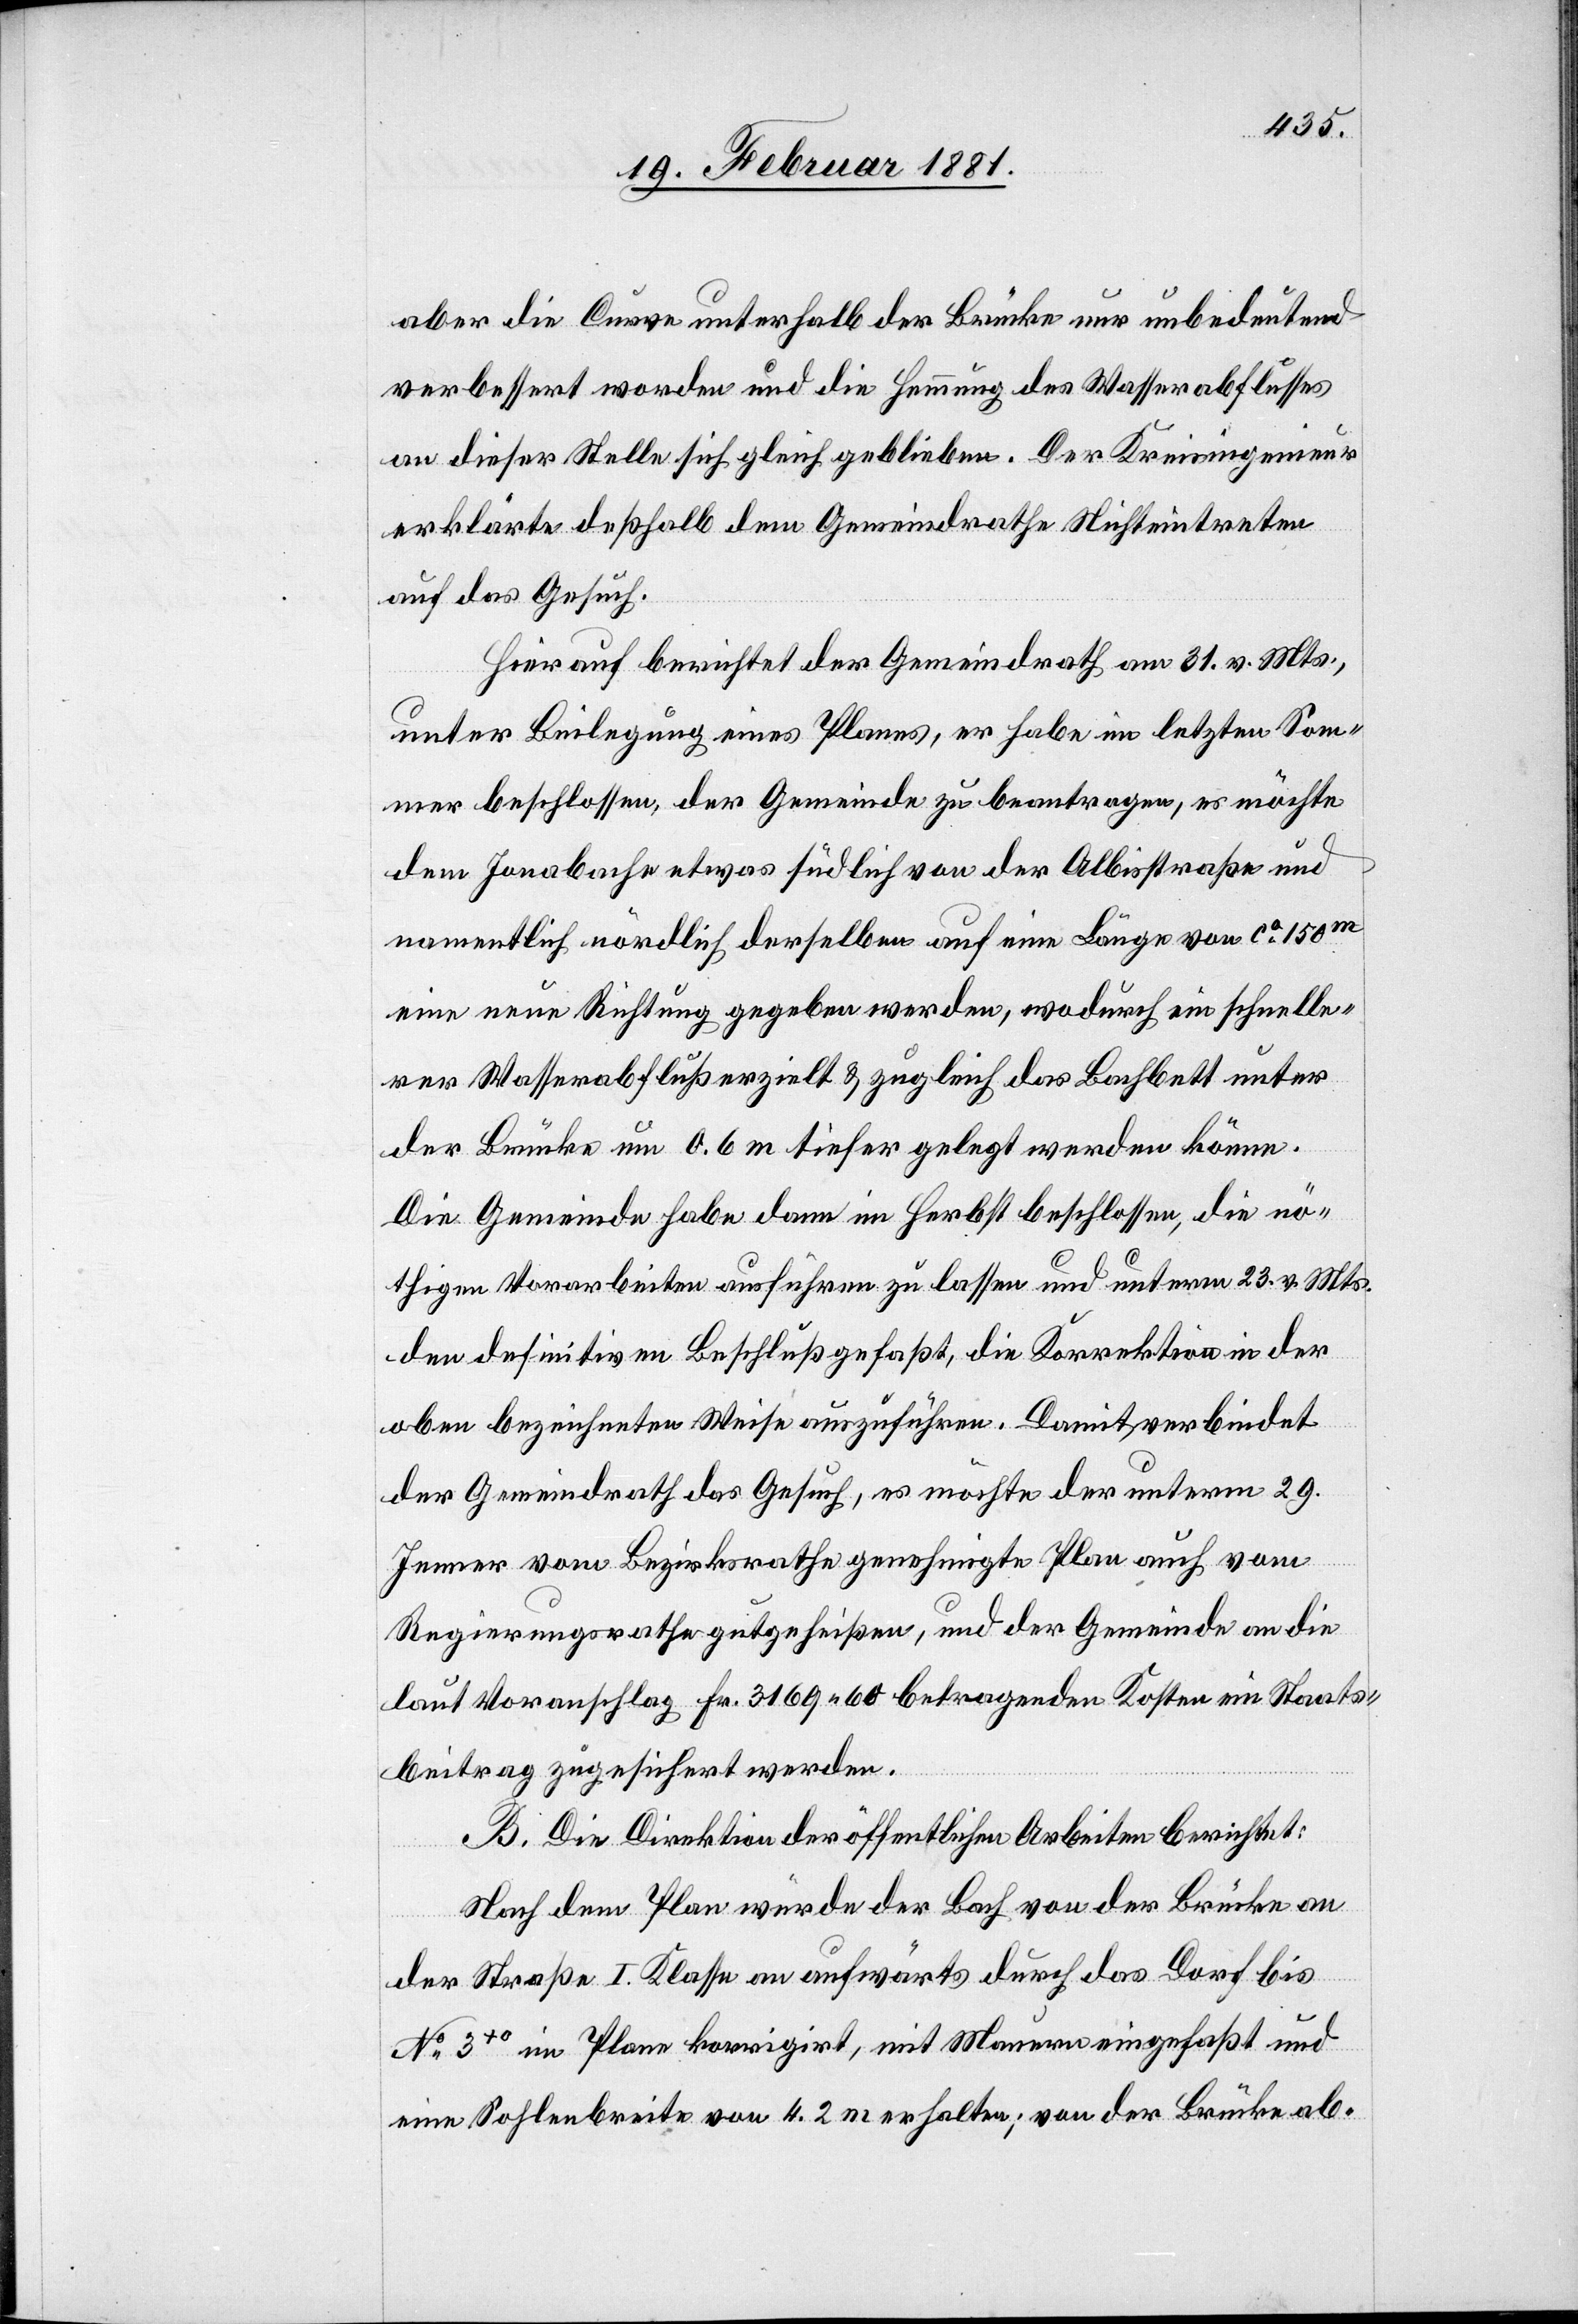
aber die Curve unterhalb der Brücke nur unbedeutend
verbessert worden und die Hemmung des Wasserabflusses
an dieser Stelle sich gleich geblieben. Der Kreisingenieur
erklärte deßhalb dem Gemeindrathe Nichteintreten
auf das Gesuch.
Hierauf berichtet der Gemeindrath am 31. v. Mts.,
unter Beilegung eines Planes, er habe im letzten Som¬
mer beschlossen, der Gemeinde zu beantragen, es möchte
dem Jonabache etwas südlich an der Albisriederstraße und
namentlich nördlich derselben auf eine Länge von ca 150m
einen neue Richtung gegeben werden, wodurch ein schnelle¬
rer Wasserabfluß erzielt & zugleich das Bachbett unter
der Brücke um 0,6 m tiefer gelegt werden könne.
Die Gemeinde habe dann im Herbst beschlossen, die nö¬
thigen Vorarbeiten ausführen zu lassen und unterm 23. v. Mts.
den definitiven Beschluß gefaßt, die Korrektion in der
oben bezeichneten Weise auszuführen. Damit verbindet
der Gemeindrath das Gesuch, es möchte der unterm 29.
Jenner vom Bezirksrathe genehmigte Plan auch vom
Regierungsrathe gutgeheißen, und der Gemeinde an die
laut Voranschlag Fr. 3169 60 betragenden Kosten ein Staats¬
beitrag zugesichert werden.
B. Die Direktion der öffentlichen Arbeiten berichtet:
Nach dem Plan würde der Bach von der Brücke an
der Straße I. Klasse an aufwärts durch das Dorf bis
No 3+0 im Plane korrigirt, mit Mauern eingefaßt und
eine Sohlenbreite von 4.2 m erhalten; von der Brücke ab-